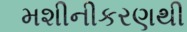
મશીનીકરણથી